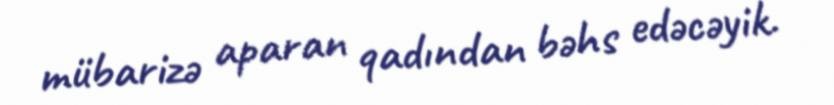
mübarizə aparan qadından bəhs edəcəyik.